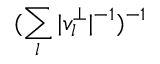
( \sum _ { l } | v _ { l } ^ { \perp } | ^ { - 1 } ) ^ { - 1 }